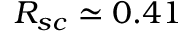
R _ { s c } \simeq 0 . 4 1